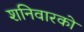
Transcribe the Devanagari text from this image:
शनिवारको